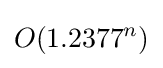
O(1.2377^{n})